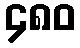
၄၈၀